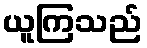
ယူကြသည်